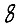
Digit: 8